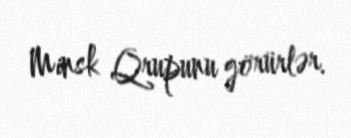
Minsk Qrupunu görürlər.